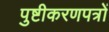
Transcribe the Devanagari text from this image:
पुष्टीकरणपत्रों